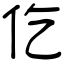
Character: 仡